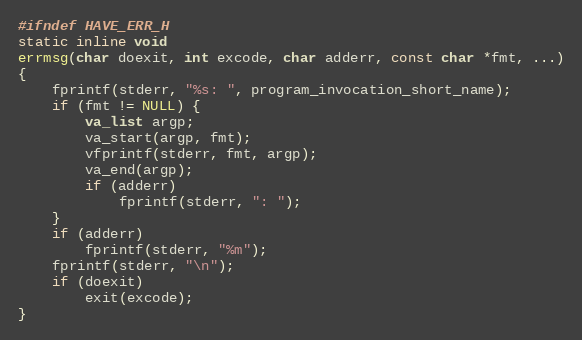
Language: C
#ifndef HAVE_ERR_H
static inline void
errmsg(char doexit, int excode, char adderr, const char *fmt, ...)
{
	fprintf(stderr, "%s: ", program_invocation_short_name);
	if (fmt != NULL) {
		va_list argp;
		va_start(argp, fmt);
		vfprintf(stderr, fmt, argp);
		va_end(argp);
		if (adderr)
			fprintf(stderr, ": ");
	}
	if (adderr)
		fprintf(stderr, "%m");
	fprintf(stderr, "\n");
	if (doexit)
		exit(excode);
}